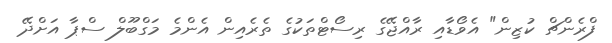
ފްރެންޗް ކުޒިން" އެވޯޑާއި ރާއްޖޭގެ ރިސޯޓްތަކުގެ ތެރެއިން އެންމެ މަގްބޫލް ސްޕާ އަށްދޭ